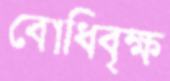
বোধিবৃক্ষ